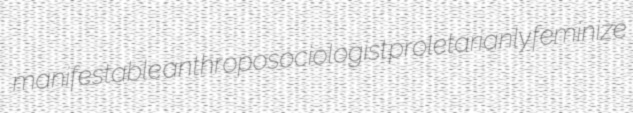
manifestable anthroposociologist proletarianly feminize